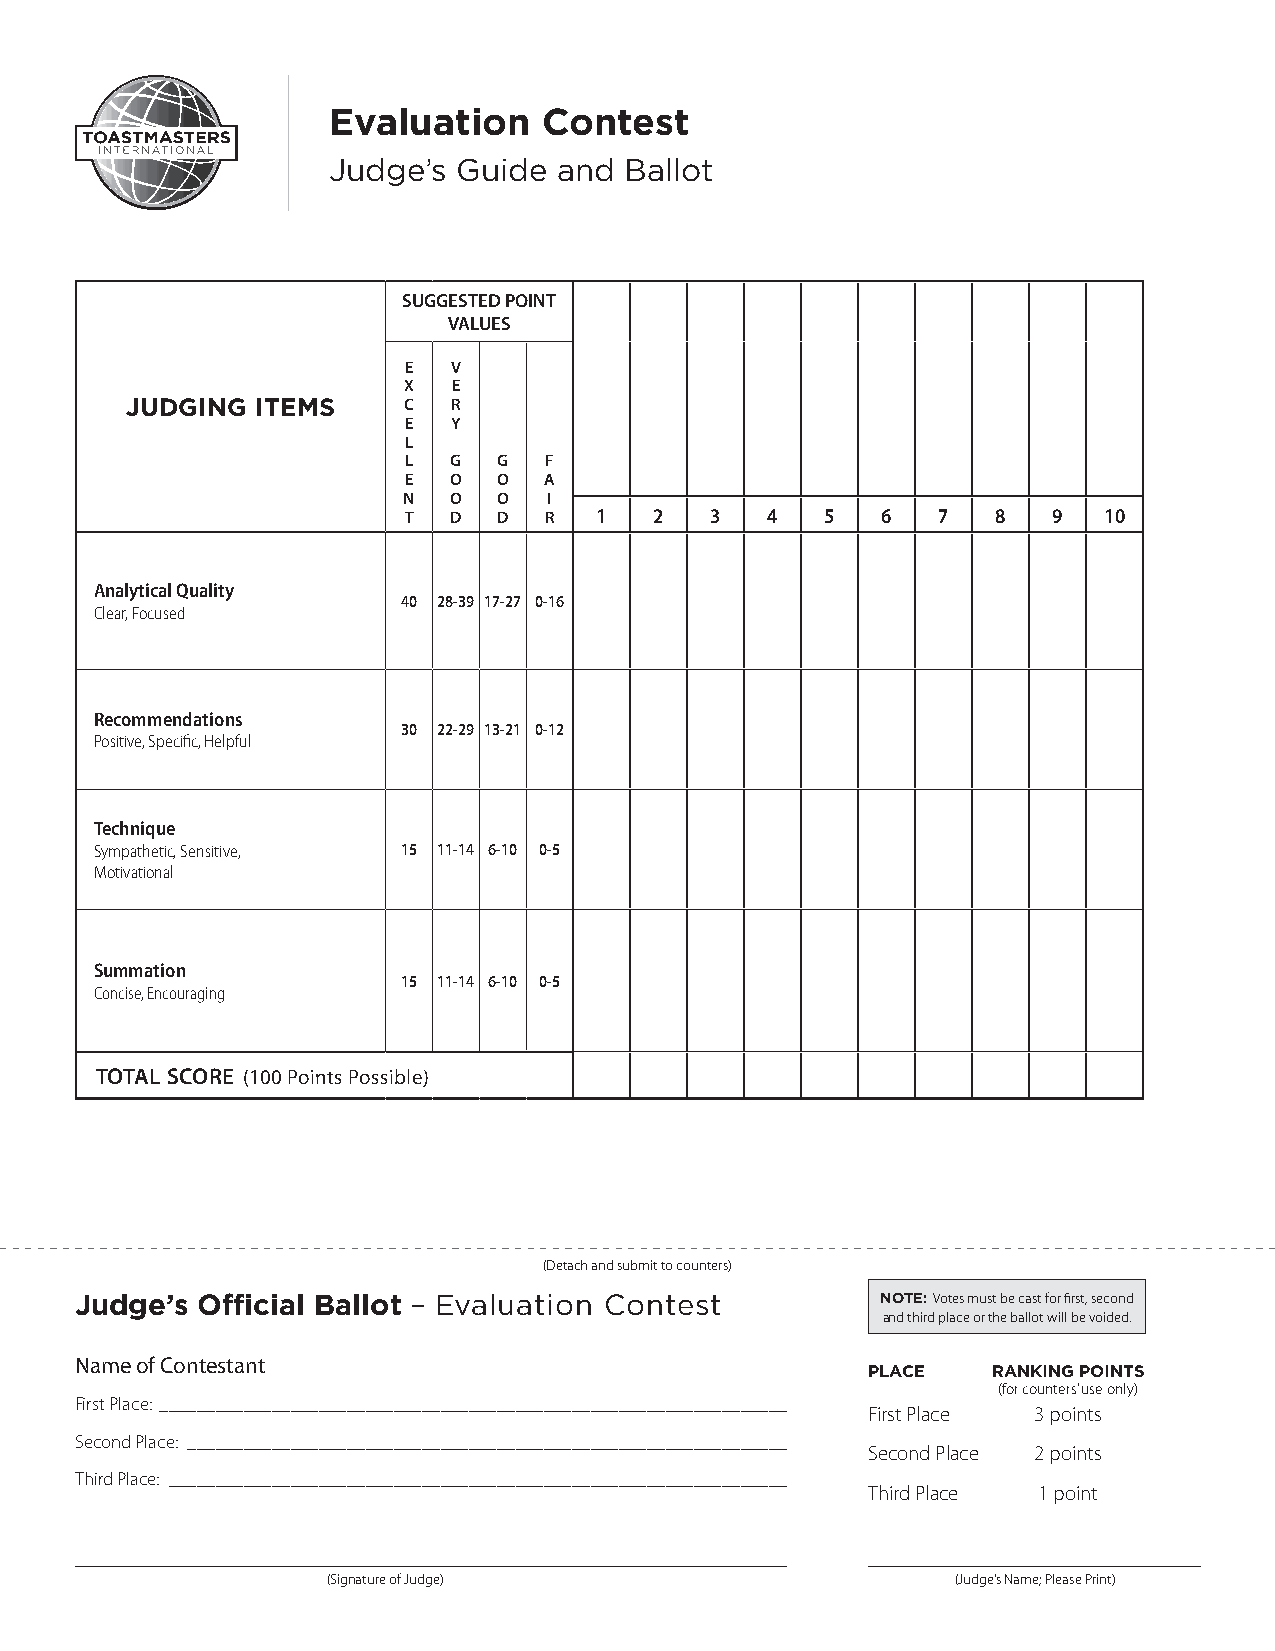
Evaluation    Contest
 Judge’s Guide  and Ballot
 SUGGESTED POINT
 VALUES
 E  V
 X  E
 JUDGING  ITEMS     C  R
 E  Y
 L
 L  G  G  F
 E  O  O  A
 N  O  O  I
 T  D  D  R  1   2   3   4   5  6   7   8   9  10
 Analytical Quality
 40 28-39 17-27 0-16
 Clear, Focused
 Recommendations
 30 22-29 13-21 0-12
 Positive, Specific, Helpful
 Technique
 Sympathetic, Sensitive, 15 11-14 6-10 0-5
 Motivational
 Summation
 15 11-14 6-10 0-5
 Concise, Encouraging
 TOTAL SCORE (100 Points Possible)
 (Detach and submit to counters)
 Judge’s Official Ballot – Evaluation Contest         NOTE: Votes must be cast for first, second
 and third place or the ballot will be voided.
 Name of Contestant
 PLACE    RANKING POINTS
 (for counters’ use only)
 First Place: ___________________________________________________________________
 First Place 3 points
 Second Place: ________________________________________________________________
 Second Place 2 points
 Third Place: __________________________________________________________________
 Third Place 1 point
 (Signature of Judge)                     (Judge’s Name; Please Print)